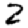
Digit: 2